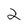
Character: 2